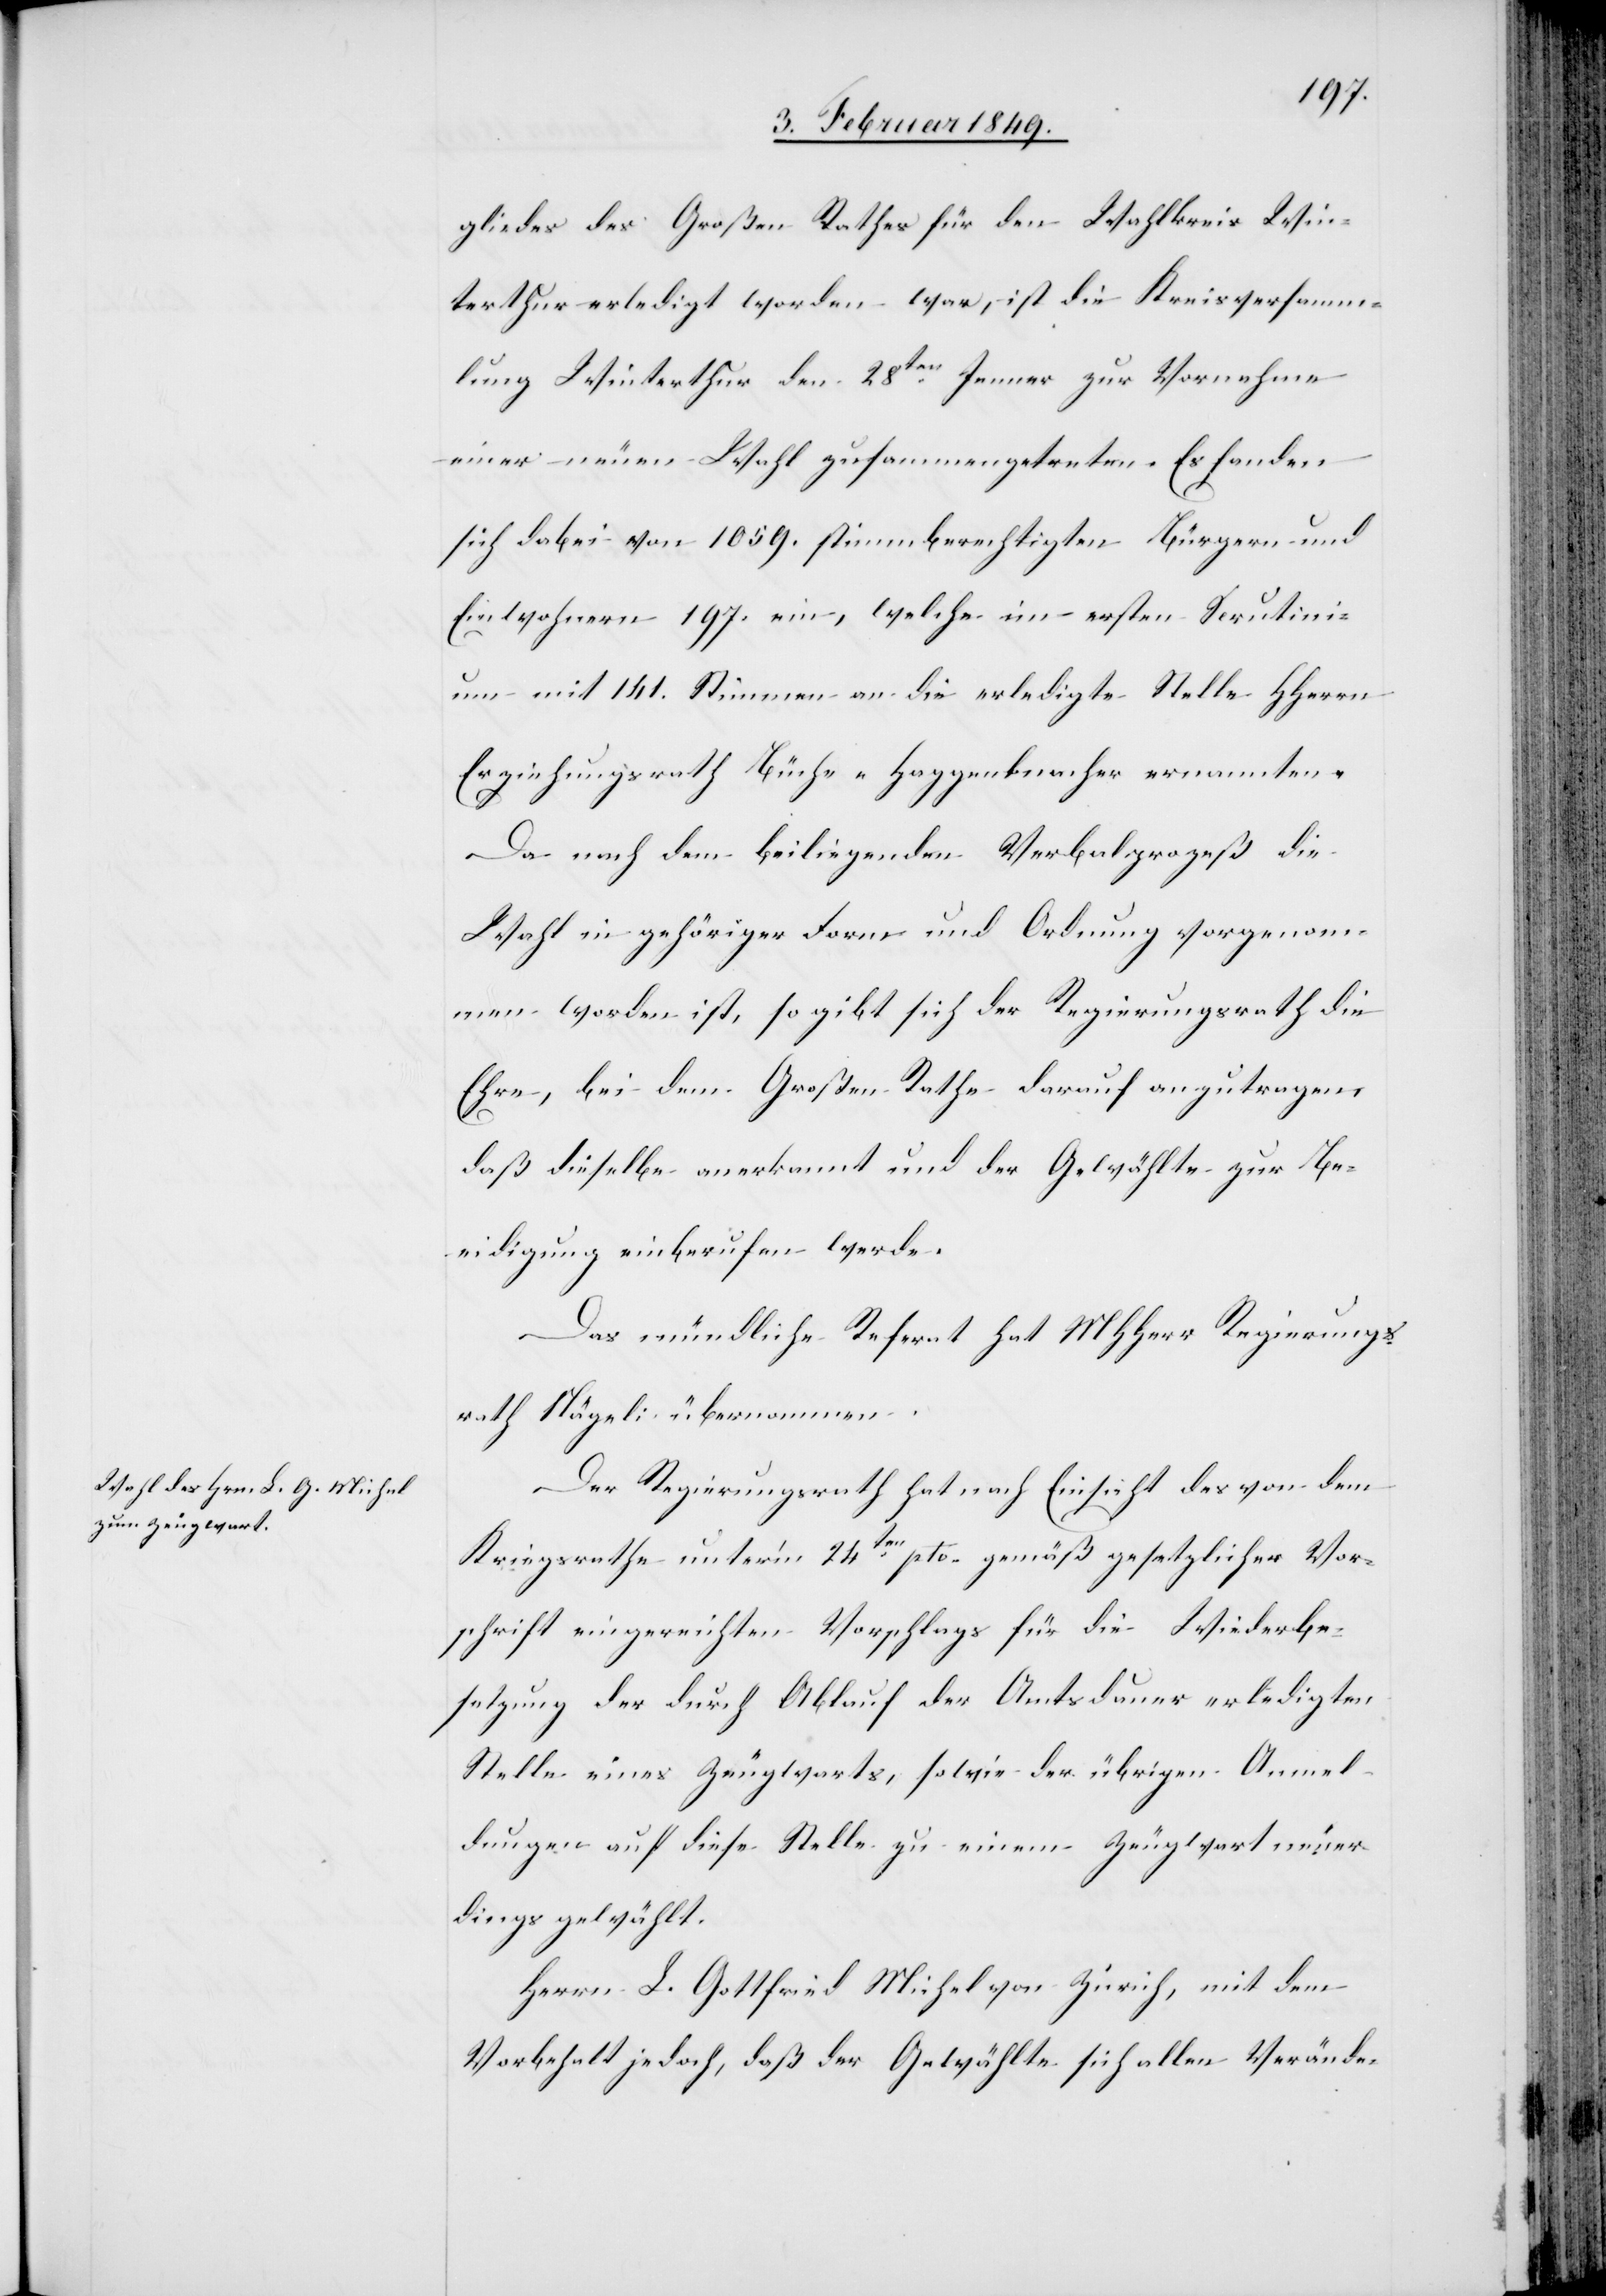
gliedes des Großen Rathes für den Wahlkreis Win¬
terthur erledigt worden war, ist die Kreisversamm¬
lung Winterthur den 28ten. Jenner zur Vornahme
einer neuen Wahl zusammengetreten. Es fanden
sich dabei von 1059. stimmberechtigten Bürgern und
Einwohnern 197. ein, welche im ersten Scrutini¬
um mit 141. Stimmen an die erledigte Stelle HHerrn
Erziehungsrath Büche-Haggen[?]acher [sic!] ernannten.
Da nach dem beiliegenden Verbalprozeß die
Wahl in gehöriger Form und Ordnung vorgenom¬
men worden ist, so gibt sich der Regierungsrath die
Ehre, bei dem Großen Rathe darauf anzutragen,
daß dieselbe anerkannt und der Gewählte zur Be¬
eidigung einberufen werde.
Das mündliche Referat hat MHHerr Regierungs¬
rath Nägeli übernommen.
Der Regierungsrath hat nach Einsicht des von dem
Kriegsrathe unter’m 24ten. pto. gemäß gesetzlicher Vor¬
schrift eingereichten Vorschlags für die Wiederbe¬
setzung der durch Ablauf der Amtsdauer erledigten
Stelle eines Zeugwarts, sowie der übrigen Anmel¬
dungen auf diese Stelle zu einem Zeugwart neuer¬
dings gewählt.
Herrn L. Gottfried Michel von Zürich, mit dem
Vorbehalt jedoch, daß der Gewählte sich allen Verände-